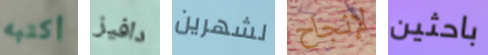
أكتبه دافيز لشهرين لإنجاح باحثين